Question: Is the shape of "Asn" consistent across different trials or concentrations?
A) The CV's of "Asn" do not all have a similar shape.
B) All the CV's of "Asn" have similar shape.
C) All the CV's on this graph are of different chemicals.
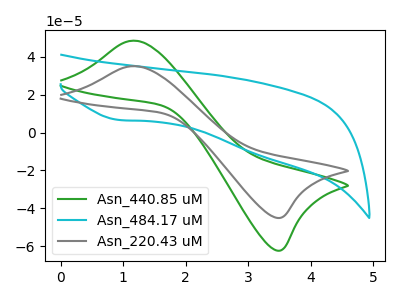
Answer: <think>The green curve "Asn_440.85 uM" has an anodic peak at (1.15V, 48.45uA) and a cathodic peak at (3.50V, -62.25uA). The cyan curve "Asn_484.17 uM" has a cathodic peak at: (0.95V, 6.65uA). The gray curve "Asn_220.43 uM" has an anodic peak at (1.15V, 35.05uA) and a cathodic peak at (3.50V, -45.00uA).
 "Asn_440.85 uM" and "Asn_484.17 uM" have a different number of peaks. All the peaks in "Asn_440.85 uM" have a peak in "Asn_220.43 uM" at the same potential. Every peak in "Asn_440.85 uM" is higher than every peak in "Asn_220.43 uM". "Asn_484.17 uM" and "Asn_220.43 uM" have a different number of peaks.</think>
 <answer>B) All the CV's of "Asn" have similar shape.</answer>
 <eval>B</eval>